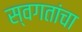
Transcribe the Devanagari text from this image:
स्वगतांचा